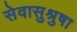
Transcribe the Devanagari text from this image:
सेवासुश्रुषा